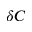
\delta C